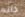
ذاته